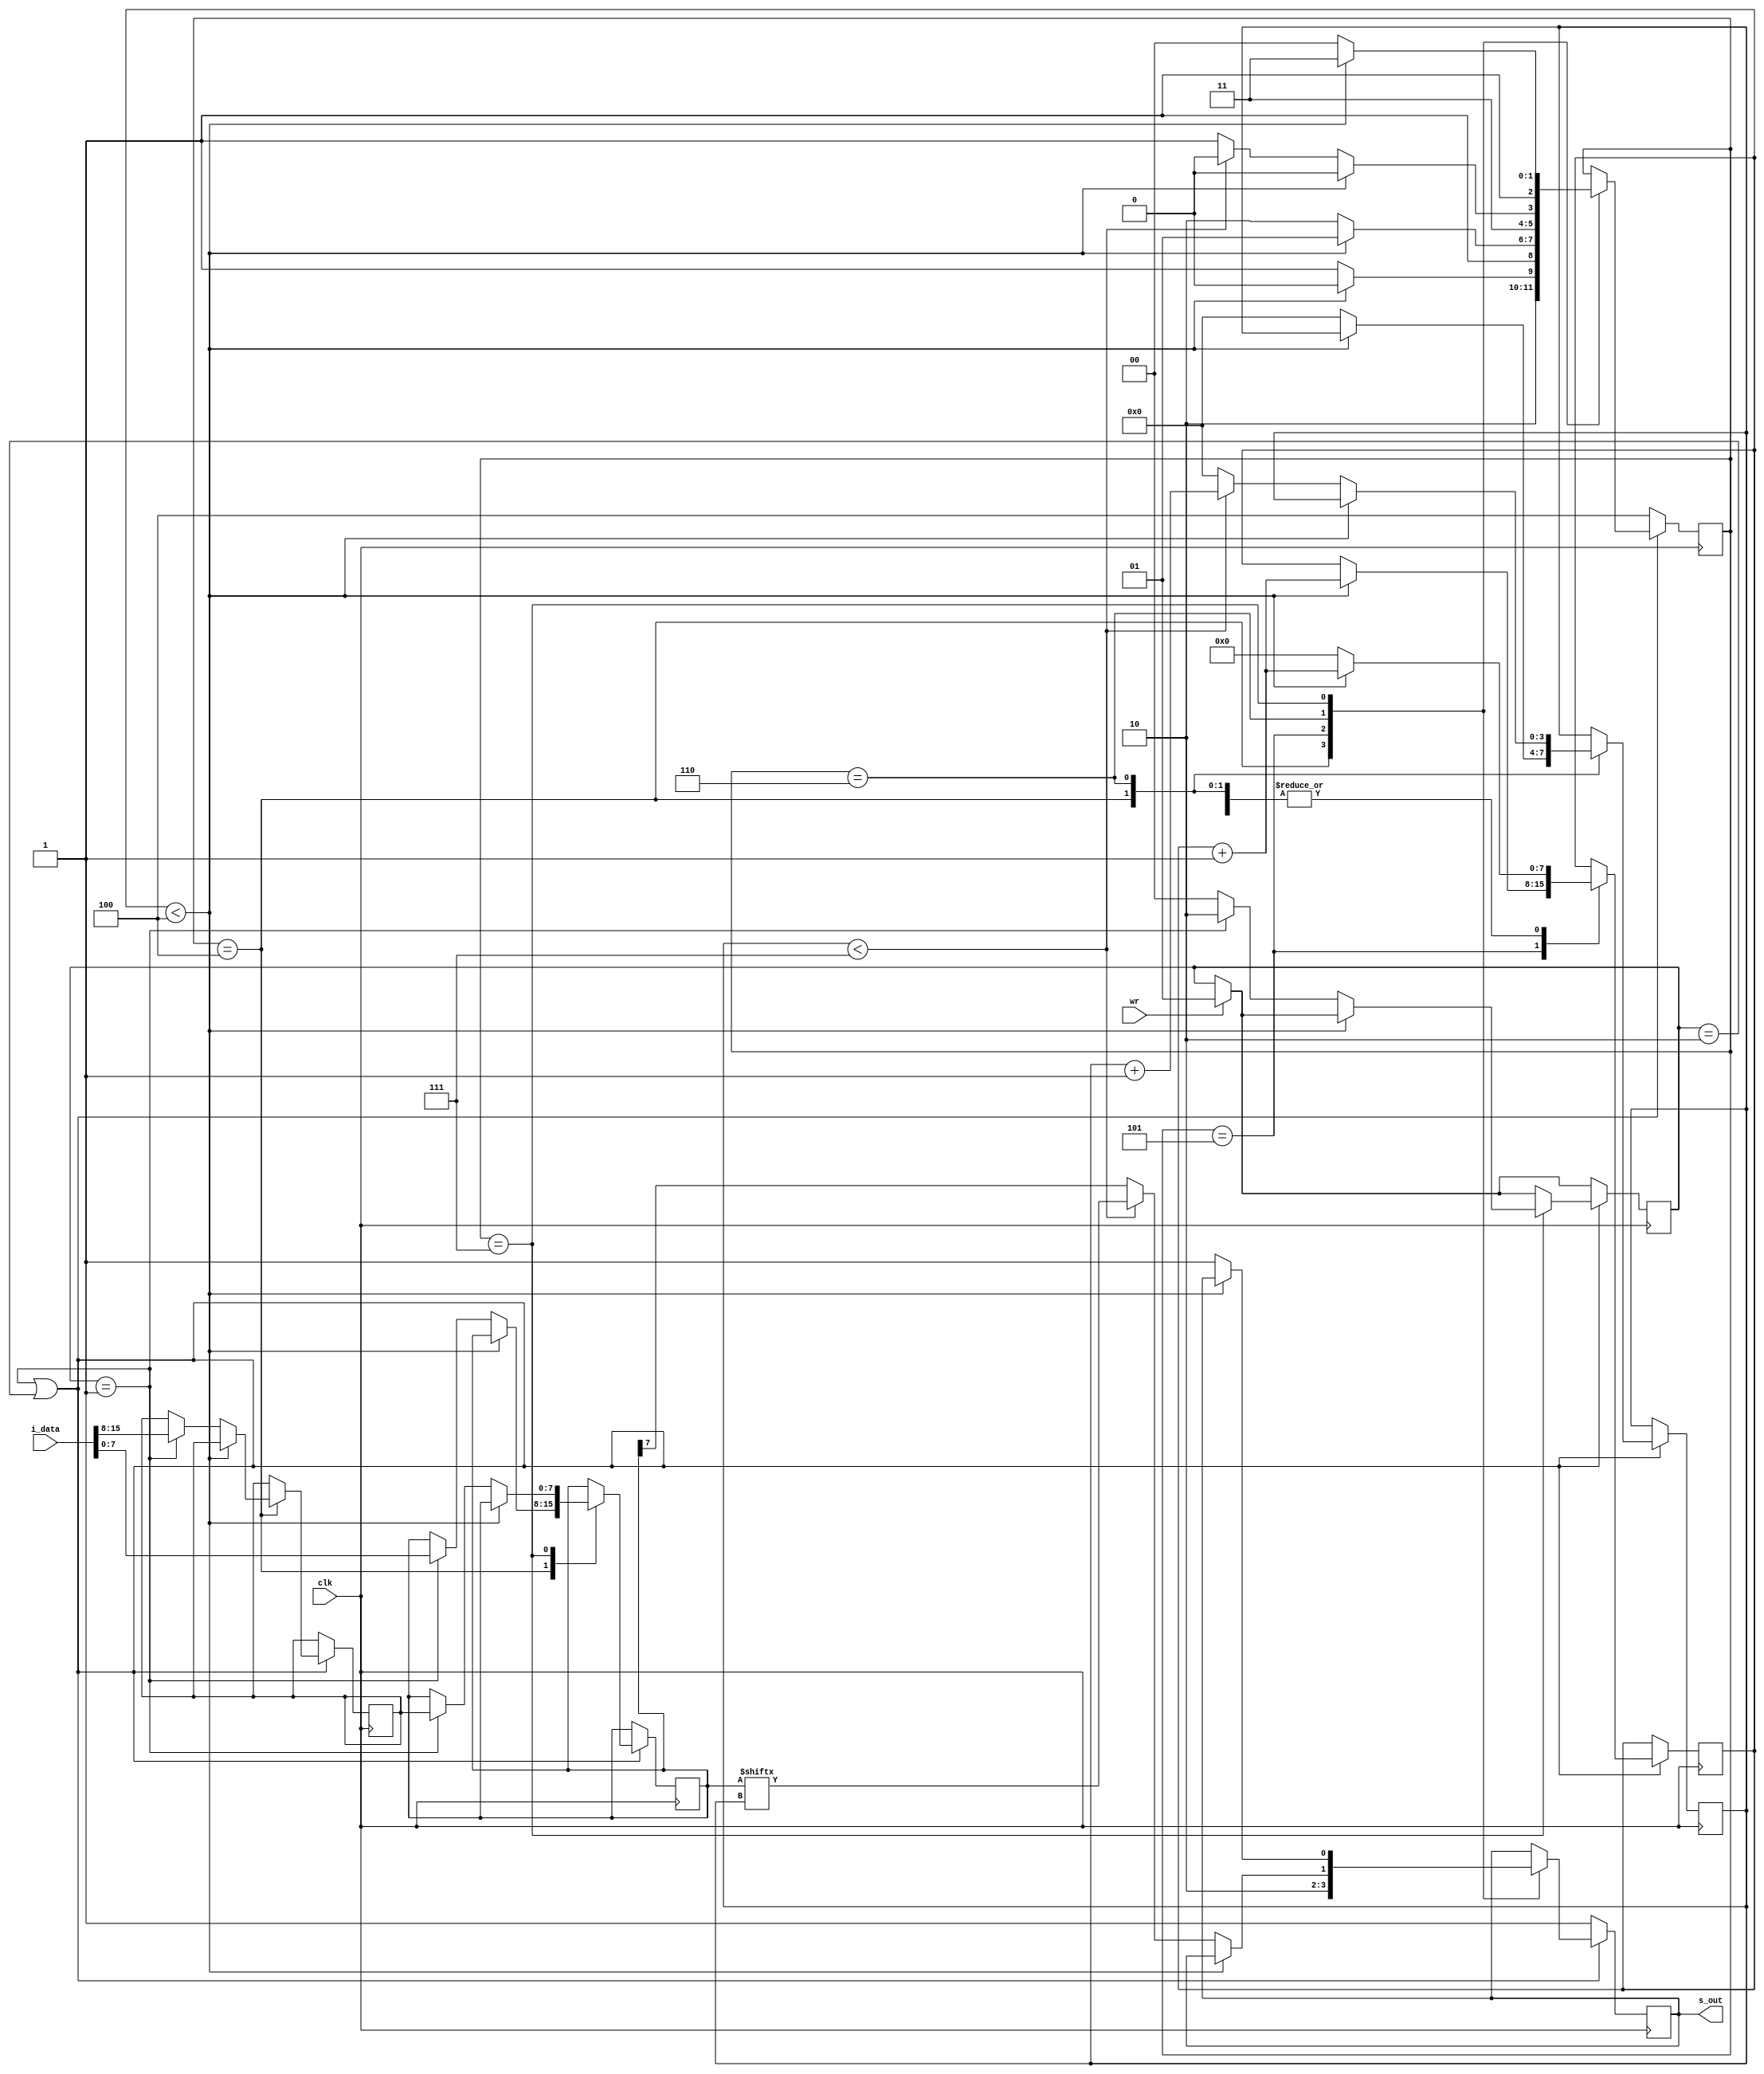
module uart

// frequencia de clock = 48kHz
// baud rate = 9600
// CLK_PER_BIT = 48000 / 9600 = 5
// tempo de bit = 1/9600 = 104.16666666666667us

#(parameter CLKS_PER_BIT = 5)
(input clk,
 input [15:0] i_data, 
 input wr,
 output reg s_out);
	
	parameter START_BIT = 1'b0,
			  STOP_BIT  = 1'b1;
			  
	// Estados da mquina de estados para transmitir serialmente
	parameter T_WAIT      = 3'b100,
			  T_START_BIT = 3'b101,
			  T_DATA_BITS = 3'b110,
			  T_STOP_BIT  = 3'b111;
	
	// Auxlio para controlar a mquina de estados
	reg [7:0]  clk_counter = 0;
	reg [3:0]  index       = 0;
	reg [7:0]  data_aux    = 0;
	reg [7:0]  data_aux2   = 0;
	reg [2:0]  t_state     = T_WAIT;

	reg [1:0] sending = 0;
	
	always @(posedge clk)
	begin
		if (wr == 1'b1) 
		begin
			sending <= 2'b01;
		end

		if (sending == 2'b01 || sending == 2'b10)
		begin
			// Mquina de estados para enviar dados seriais
			case(t_state)
				
				// Estado que garante que o stop bit permanea por pelo menos um perdo, se necessrio para finalizar envio de dados anterior
				// Obs.: Quando o sinal wr est em nvel lgico alto j pressupomos que os dados foram enviados para a entrada paralela e que queremos transmit-los serialmente de imediato; os dados da entrada so salvos em um registrador para que no sejam perdidos caso sofram instabilidade durante a transmisso
				T_WAIT:
				begin
					s_out <= STOP_BIT;
					if(clk_counter < CLKS_PER_BIT - 1)
					begin
						clk_counter <= clk_counter + 1;
						t_state <= T_WAIT;
					end
					else
					begin
						clk_counter <= 0;
						clk_counter <= 0;
						index       <= 0;
						t_state     <= T_START_BIT;
						if (sending == 2'b01)
						begin
							data_aux  <= i_data[7:0];
							data_aux2 <= i_data[15:8];
						end
					end
					
				end
				
				// Envia start bit
				T_START_BIT:
				begin
					s_out <= START_BIT;
					if(clk_counter < CLKS_PER_BIT - 1)
					begin
						clk_counter <= clk_counter + 1;
						t_state <= T_START_BIT;
					end
					else
					begin
						//clk_counter <= 0;
						t_state <= T_DATA_BITS;
					end
		
				end

				T_DATA_BITS:	
				// Envia bits de dados sequencialmente, fazendo o controle necessrio para que cada um permanea pelo tempo adequado; 
				begin
					if(clk_counter < CLKS_PER_BIT - 1)
					begin
						clk_counter <= clk_counter + 1;
						t_state <= T_DATA_BITS;
					end
					else
					begin
						clk_counter <= 0;
						if(index < 7)
						begin
							s_out <= data_aux[index];
							index <= index + 1;
							t_state <= T_DATA_BITS; 
						end
						
						else
						begin
							s_out <= data_aux[7];
							index <= 0;
							t_state <= T_STOP_BIT;
						end
					end
				end
				
				// Envia stop bit
				T_STOP_BIT:
				begin
					if(clk_counter < CLKS_PER_BIT - 1)
					begin
						clk_counter <= clk_counter + 1;
						t_state <= T_STOP_BIT;
					end
					else
					begin
						clk_counter <= 0;
						s_out <= STOP_BIT;
						t_state <= T_WAIT;
						if(sending == 2'b01)
						begin
							sending <= 2'b10;
							data_aux <= data_aux2;
						end
						else
						begin
							sending <= 2'b00;
						end
					end
				end
				
			endcase
			
		end
		// Se wr no est habilitado, os estados voltam para o estado inicial
		else
		begin
			t_state <= T_WAIT;
			s_out <= 1'b1;
		end
	end
		
endmodule